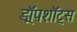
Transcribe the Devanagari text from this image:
ड्रॉपशॉट्स